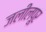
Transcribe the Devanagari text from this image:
जलीलपूर